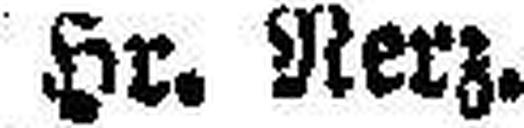
Hr. Nerz.